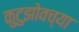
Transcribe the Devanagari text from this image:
कुटुझोवच्या